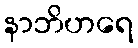
နာဘိဟရေ